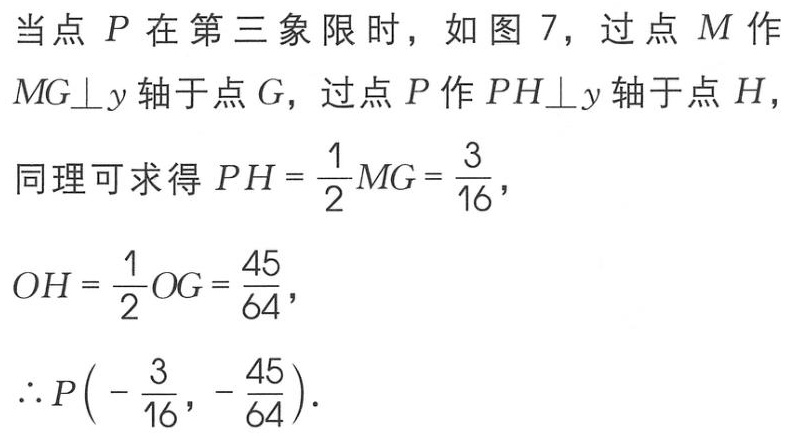
当点 \(P\) 在第三象限 时，如图 7，过点 \(M\) 作 \(MG\perp y\) 轴于点 \(G\)，过点 \(P\) 作 \(PH\perp y\) 轴于点 \(H\)，
同理可求得 \(PH = \frac{1}{2}MG=\frac{3}{16}\)，
\(OH=\frac{1}{2}OG = \frac{45}{64}\)，
\(\therefore P\left(-\frac{3}{16},-\frac{45}{64}\right)\)．